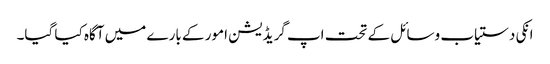
انکی دستیاب وسائل کے تحت اپ گریڈیشن امور کے بارے میں آگاہ کیا گیا۔